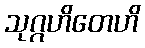
သုဂ္ဂဟိတေဟိ